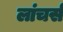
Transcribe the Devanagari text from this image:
लांचर्स